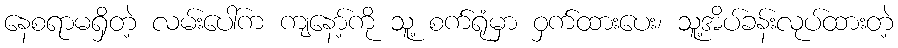
နေစရာမရှိတဲ့ လမ်းပေါ်က ကျနော့်ကို သူ့ စက်ရုံမှာ ဝှက်ထားပေး၊ သူ့အိပ်ခန်းလုပ်ထားတဲ့